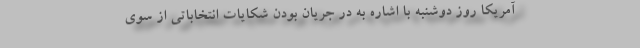
آمریکا روز دوشنبه با اشاره به در جریان بودن شکایات انتخاباتی از سوی